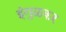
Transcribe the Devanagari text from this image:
इंगुळकर